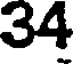
34